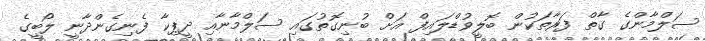
ސަލްމާންގެ ގާތް ފަރާތަކުން ބޮލީވުޑްލައިފް އަށް ބުނިގޮތުގައި ސަލްމާނާއި ދީޕިކާ ފެނިގެންދާނީ ލޯބީގެ